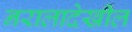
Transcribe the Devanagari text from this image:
नरालादेखील